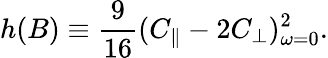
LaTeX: h(B)\equiv\frac{9}{16}(C_{\| }-2C_{\bot})_{\omega=0}^{2}.